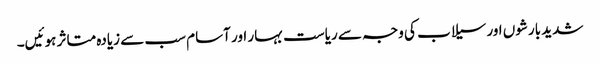
شدید بارشوں اور سیلاب کی وجہ سے ریاست بہار اور آسام سب سے زیادہ متاثر ہوئیں۔